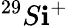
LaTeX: ^{29}S\mathbf{i}^{+}